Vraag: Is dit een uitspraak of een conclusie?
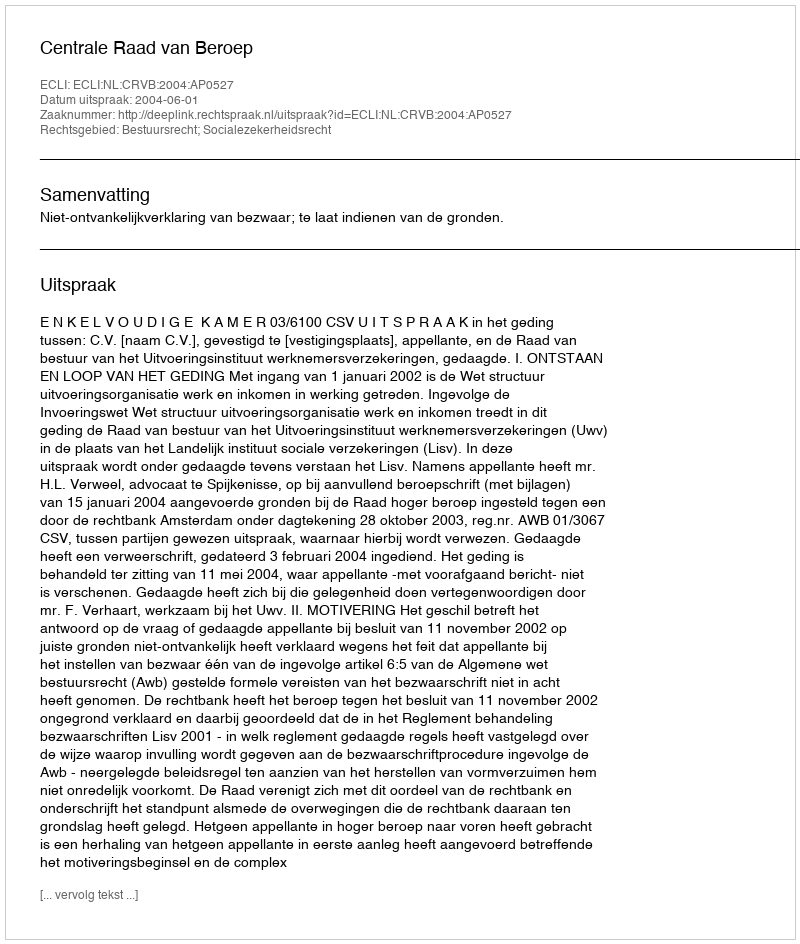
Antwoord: Uitspraak